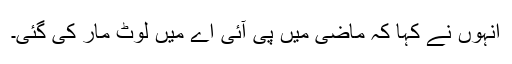
انہوں نے کہا کہ ماضی میں پی آئی اے میں لوٹ مار کی گئی۔